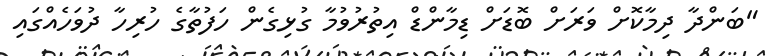
"ބަންދާ ދިމާކޮށް ވަރަށް ބޮޑަށް ޑިމާންޑް އިތުރުވުމާ ގުޅިގެން ހަފުތާގެ ހުރިހާ ދުވަހެއްގައި